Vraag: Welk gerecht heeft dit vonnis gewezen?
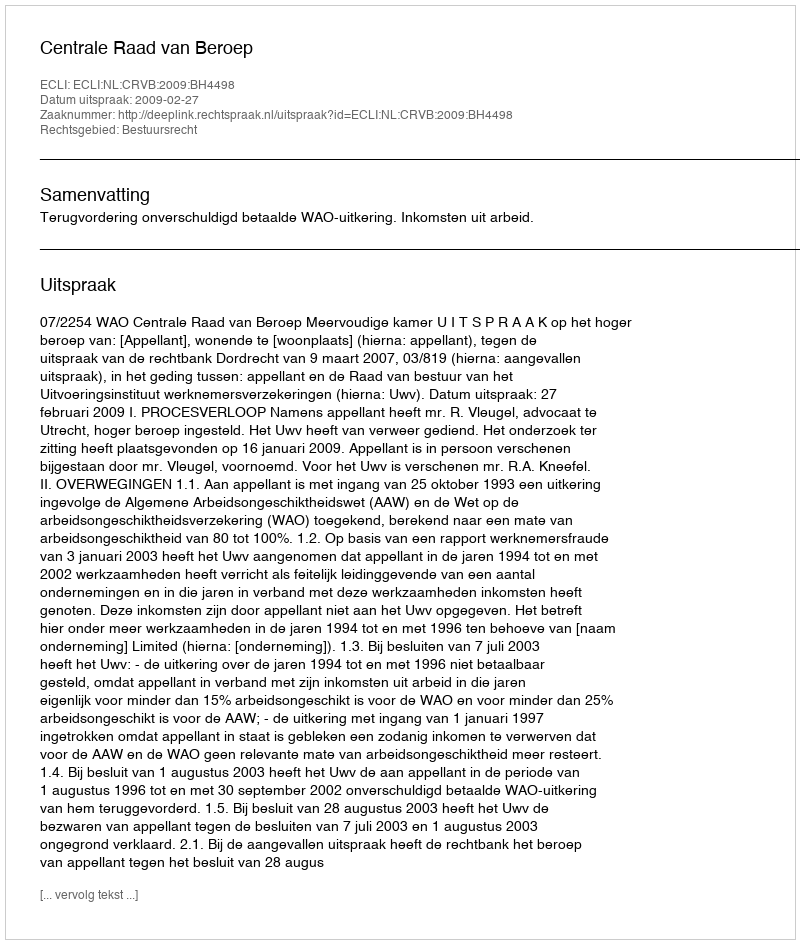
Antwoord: Centrale Raad van Beroep